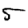
Digit: 5